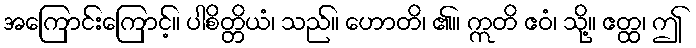
အကြောင်းကြောင့်။ ပါစိတ္တိယံ၊ သည်။ ဟောတိ၊ ၏။ ဣတိ ဧဝံ၊ သို့။ ဧတ္ထ၊ ဤ